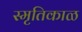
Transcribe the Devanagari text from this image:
स्मृतिकाळ